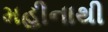
મહીનાથી